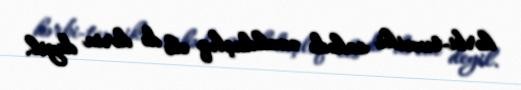
hərbi-texniki sahədə əməkdaşlıq elə də dərin deyil.